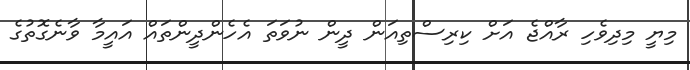
މިޔީ މިދިވެހި ރާއްޖެ އަށް ކިރިސްތިއަން ދީން ނުވަތަ އެހެންދީންތައް އައީމާ ވާނެގޮތުގެ